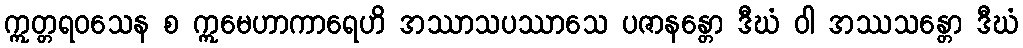
ဣတ္တရဝသေန စ ဣမေဟာကာရေဟိ အဿာသပဿာသေ ပဇာနန္တော ဒီဃံ ဝါ အဿသန္တော ဒီဃံ